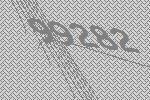
99282